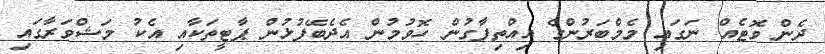
ދެން ވޮޓެއް ނަގައި މެމްބަރުންގެ އިއްތިފާގުން ހޮވުމުން އެދެބޭފުޅުން ޕާޓީތަކާއި އެކު މަޝްވަރާގައި